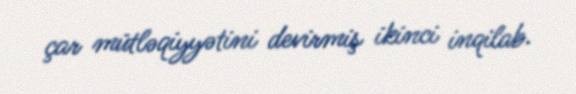
çar mütləqiyyətini devirmiş ikinci inqilab.